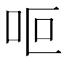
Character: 𠰐